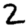
Digit: 2